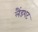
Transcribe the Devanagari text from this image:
लैंडशट